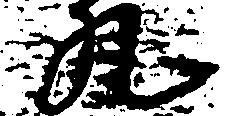
丸